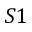
S 1